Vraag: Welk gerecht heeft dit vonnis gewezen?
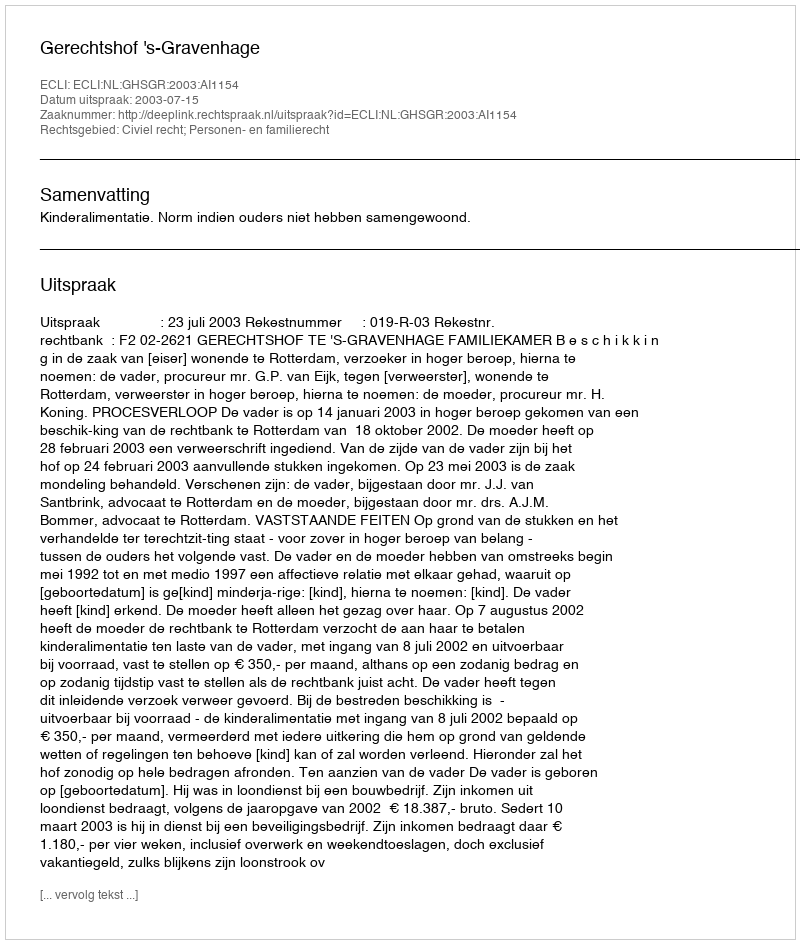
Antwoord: Gerechtshof 's-Gravenhage